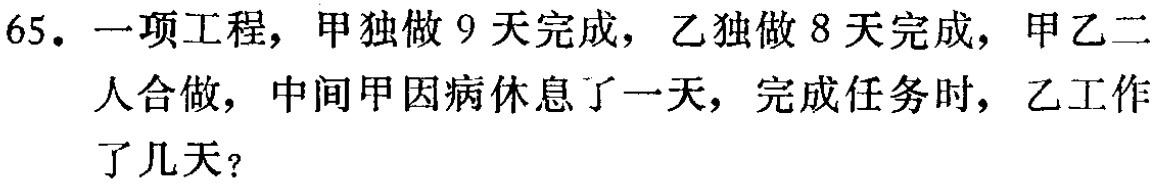
65. 一项工程，甲独做 9 天完成，乙独做 8 天完成，甲乙二人合做，中间甲因病休息了一天，完成任务时，乙工作了几天？